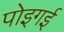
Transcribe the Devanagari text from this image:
पोइगई